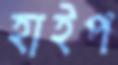
হাইপ